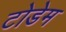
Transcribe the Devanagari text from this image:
टोडेम